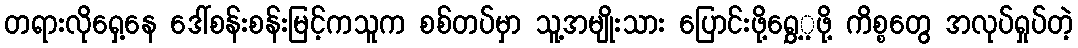
တရားလိုရှေ့နေ ဒေါ်စန်းစန်းမြင့်ကသူက စစ်တပ်မှာ သူ့အမျိုးသား ပြောင်းဖို့ရွှေ့့ဖို့ ကိစ္စတွေ အလုပ်ရှုပ်တဲ့